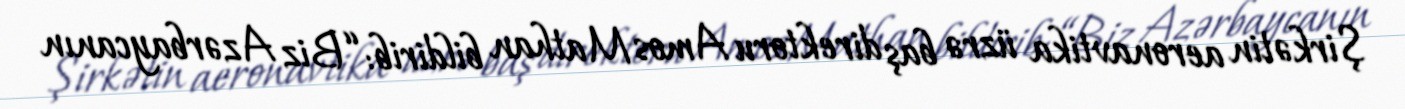
Şirkətin aeronavtika üzrə baş direktoru Amos Mathan bildirib: “Biz Azərbaycanın